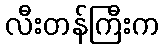
လီးတန်ကြီးက